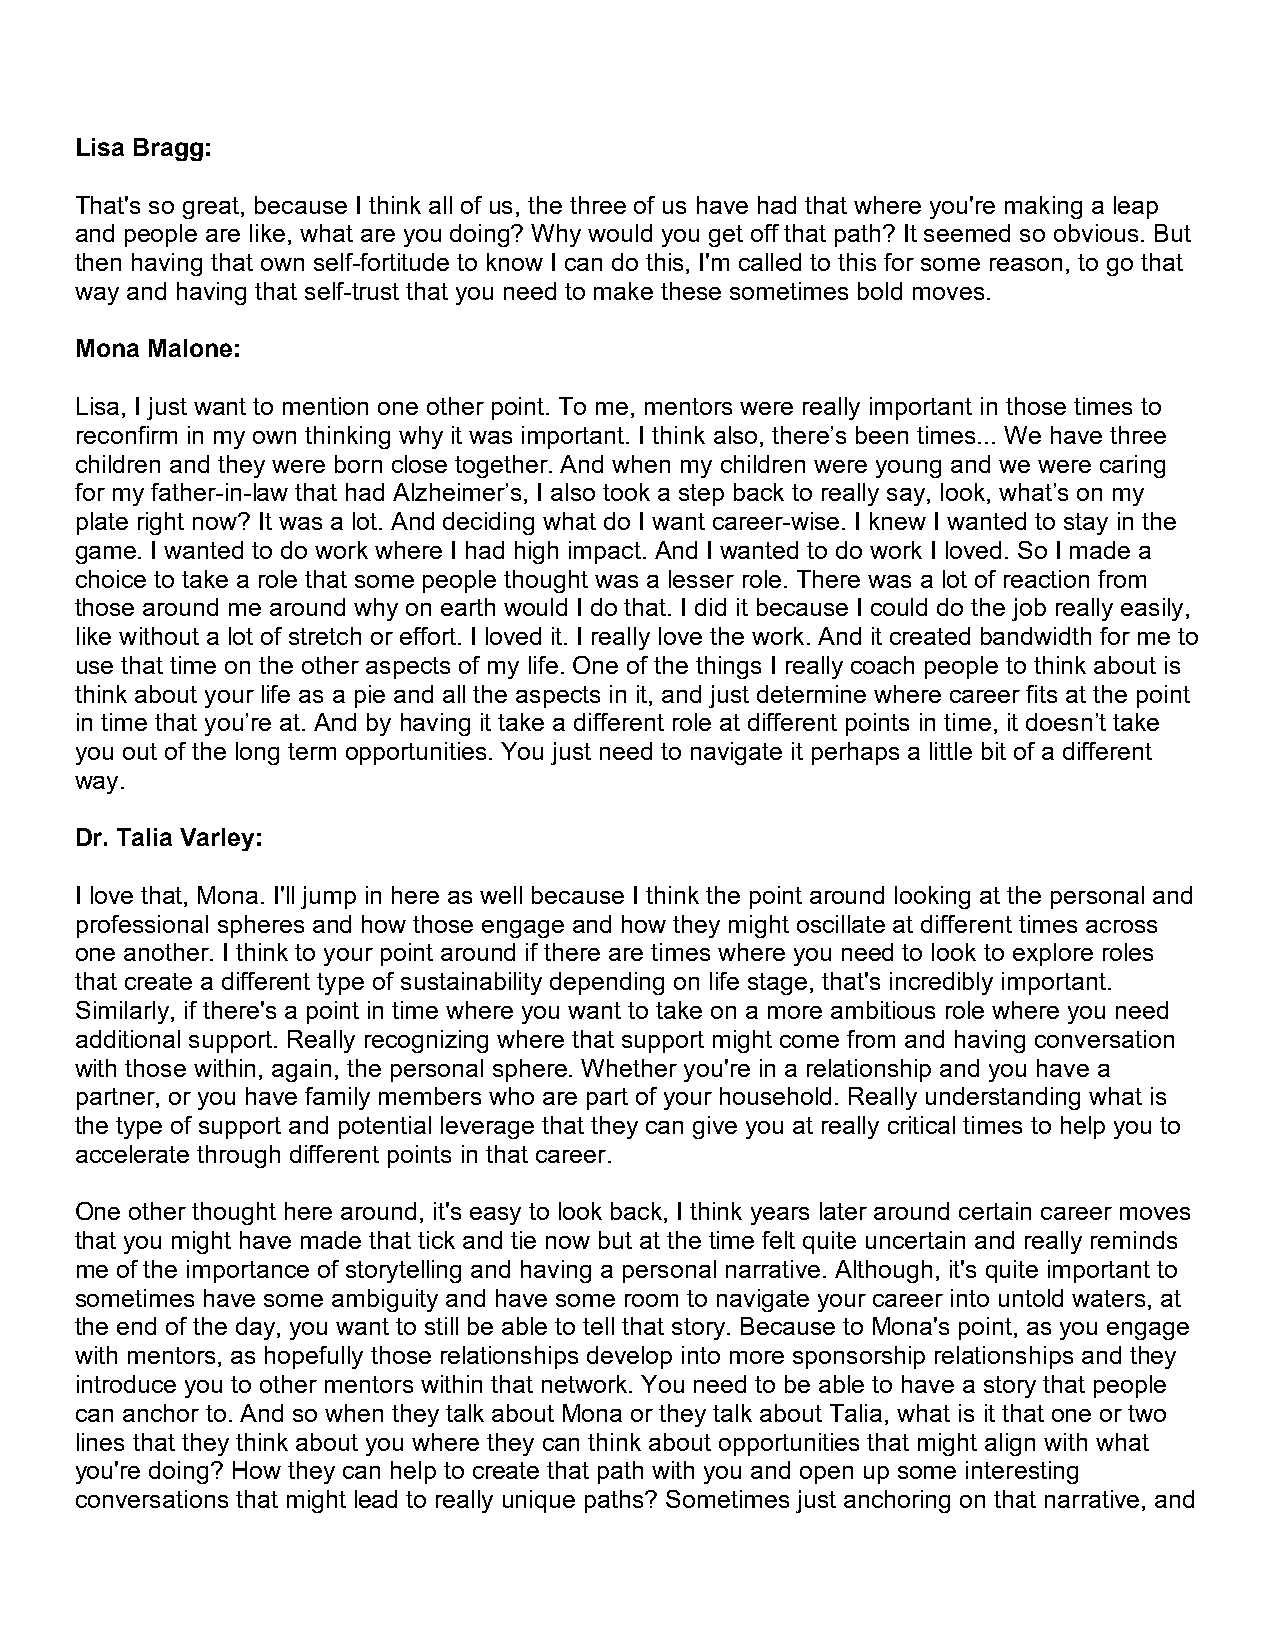
Lisa Bragg:
 That's so great, because I think all of us, the three of us have had that where you're making a leap
 and people are like, what are you doing? Why would you get off that path? It seemed so obvious. But
 then having that own self-fortitude to know I can do this, I'm called to this for some reason, to go that
 way and having that self-trust that you need to make these sometimes bold moves.
 Mona Malone:
 Lisa, I just want to mention one other point. To me, mentors were really important in those times to
 reconfirm in my own thinking why it was important. I think also, there’s been times... We have three
 children and they were born close together. And when my children were young and we were caring
 for my father-in-law that had Alzheimer’s, I also took a step back to really say, look, what’s on my
 plate right now? It was a lot. And deciding what do I want career-wise. I knew I wanted to stay in the
 game. I wanted to do work where I had high impact. And I wanted to do work I loved. So I made a
 choice to take a role that some people thought was a lesser role. There was a lot of reaction from
 those around me around why on earth would I do that. I did it because I could do the job really easily,
 like without a lot of stretch or effort. I loved it. I really love the work. And it created bandwidth for me to
 use that time on the other aspects of my life. One of the things I really coach people to think about is
 think about your life as a pie and all the aspects in it, and just determine where career fits at the point
 in time that you’re at. And by having it take a different role at different points in time, it doesn’t take
 you out of the long term opportunities. You just need to navigate it perhaps a little bit of a different
 way.
 Dr. Talia Varley:
 I love that, Mona. I'll jump in here as well because I think the point around looking at the personal and
 professional spheres and how those engage and how they might oscillate at different times across
 one another. I think to your point around if there are times where you need to look to explore roles
 that create a different type of sustainability depending on life stage, that's incredibly important.
 Similarly, if there's a point in time where you want to take on a more ambitious role where you need
 additional support. Really recognizing where that support might come from and having conversation
 with those within, again, the personal sphere. Whether you're in a relationship and you have a
 partner, or you have family members who are part of your household. Really understanding what is
 the type of support and potential leverage that they can give you at really critical times to help you to
 accelerate through different points in that career.
 One other thought here around, it's easy to look back, I think years later around certain career moves
 that you might have made that tick and tie now but at the time felt quite uncertain and really reminds
 me of the importance of storytelling and having a personal narrative. Although, it's quite important to
 sometimes have some ambiguity and have some room to navigate your career into untold waters, at
 the end of the day, you want to still be able to tell that story. Because to Mona's point, as you engage
 with mentors, as hopefully those relationships develop into more sponsorship relationships and they
 introduce you to other mentors within that network. You need to be able to have a story that people
 can anchor to. And so when they talk about Mona or they talk about Talia, what is it that one or two
 lines that they think about you where they can think about opportunities that might align with what
 you're doing? How they can help to create that path with you and open up some interesting
 conversations that might lead to really unique paths? Sometimes just anchoring on that narrative, and